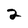
Character: 2